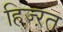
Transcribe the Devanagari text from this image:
हिज्ऱत